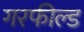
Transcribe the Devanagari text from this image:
गरफील्ड